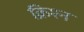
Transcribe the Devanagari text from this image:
क्रिश्न